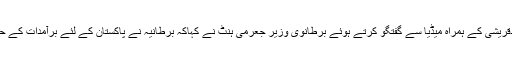
اس سے پہلے وزیرخارجہ شاہ محمودقریشی کے ہمراہ میڈیا سے گفتگو کرتے ہوئے برطانوی وزیر جعرمی ہنٹ نے کہاکہ برطانیہ نے پاکستان کے لئے برآمدات کے حجم میں اضافہ کرنے کافیصلہ کیاہے۔